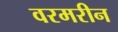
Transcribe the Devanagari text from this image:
वरमरीन